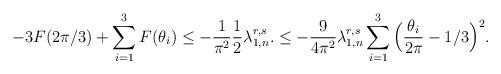
LaTeX: \begin{align*}-3F(2\pi/3)+\sum_{i=1}^{3}F(\theta_{i})\leq-\frac{1}{\pi^{2}}\frac{1}{2}\lambda_{1,n}^{r,s}.\leq-\frac{9}{4\pi^{2}}\lambda_{1,n}^{r,s}\sum_{i=1}^{3}\Big(\frac{\theta_{i}}{2\pi}-1/3\Big)^{2}.\end{align*}